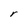
Character: r